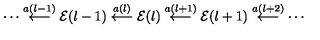
\cdots \stackrel { a ( l - 1 ) } { \longleftarrow } { \cal E } ( l - 1 ) \stackrel { a ( l ) } { \longleftarrow } { \cal E } ( l ) \stackrel { a ( l + 1 ) } { \longleftarrow } { \cal E } ( l + 1 ) \stackrel { a ( l + 2 ) } { \longleftarrow } \cdots